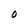
Character: 0